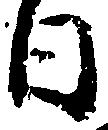
日